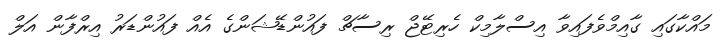
މައްކާގައި ގާއިމްވެފައިވާ އިސްލާމިކް ހެރިޓޭޖް ރިސާޗް ފައުންޑޭޝަންގެ އެއް ފައުންޑަރު އިރްފާން އަލް